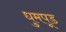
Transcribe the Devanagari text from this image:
धुमपूड